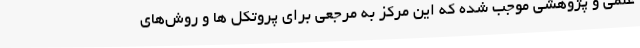
علمی و پژوهشی موجب شده که این مرکز به مرجعی برای پروتکل ها و روش‌های